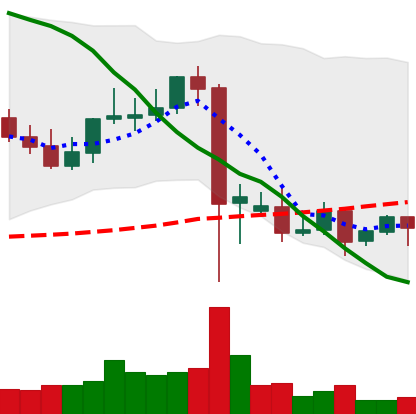
Ticker: DOGE-USD
Chart end date: 2021-09-16
Forward return: -17.121%
Label: down_7plus